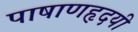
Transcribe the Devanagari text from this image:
पाषाणहृदयी